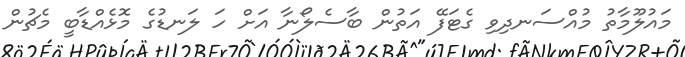
މައުލޫމާތު މުއްސަނދިވި ގެޓަފޭ އަތުން ބާސެލޯނާ އަށް ހަ ލަނޑުގެ މޮޅެއްޑާބީ މެޗުން